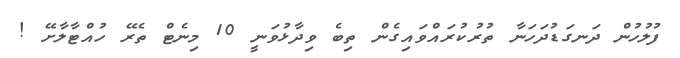
ފުލުހުން ދަނގަޑުދަހަނާ ތުރުކުރައްވައިގެން ތިބެ ވިދާޅުވަނީ 10 މިނެޓް ތެރޭ ހުއްޓާލާށޭ !